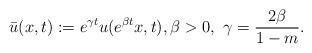
LaTeX: \begin{align*} \bar u(x,t):=e^{\gamma t} u(e^{\beta t}x,t), \beta >0, \,\, \gamma= \frac{2\beta}{1-m}.\end{align*}